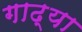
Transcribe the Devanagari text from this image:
गाढ्या